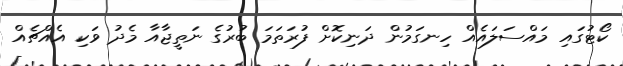
ކޯޓުގައި މައްސަލައެއް ހިނގަމުން ދަނިކޮށް ފުރަތަމަ ބުރުގެ ނަތީޖާއާ މެދު ވަކި އެއްޗެއް